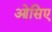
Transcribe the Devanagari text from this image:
ओसिए